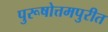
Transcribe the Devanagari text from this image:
पुरूषोत्तमपुरीत